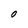
Character: O